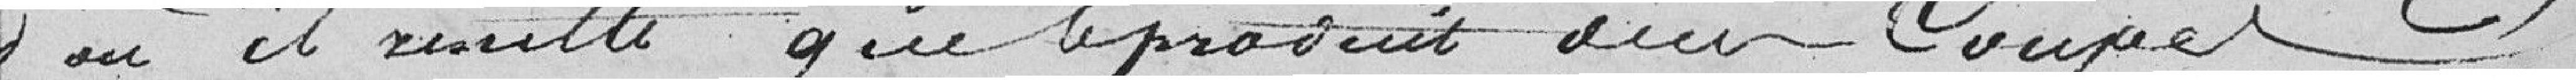
d'où il xinette que le produit sur Coupe